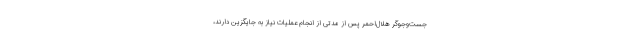
جست‌وجوگر هلال‌احمر پس از مدتی از انجام عملیات نیاز به جایگزین دارند،